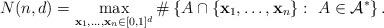
LaTeX: \begin{align*} N(n,d) = \max_{\mathbf{x}_1, \dots, \mathbf{x}_n \in [0,1]^d} \# \left\{ A \cap \{\mathbf{x}_1, \dots, \mathbf{x}_n\}:~A \in \mathcal{A}^*\right\}.\end{align*}